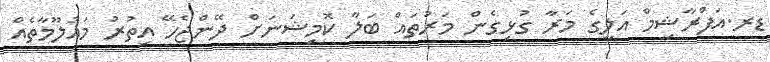
ޑރ.އަފްްރާޝިމް އަލީގެ މަރާ ގުޅިގެން މަރުތައް ބަލާ ކޮމިޝަނަށް ދޭންޖެހޭ އިތުރު މައުލޫމާތެއް